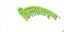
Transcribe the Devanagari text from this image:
किल्लासदृष्य